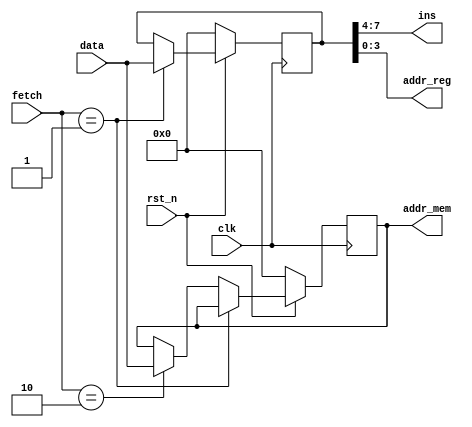
`timescale 1ns / 1ps
//////////////////////////////////////////////////////////////////////////////////
// Company: 
// Engineer: 
// 
// Design Name: 
// Module Name: IR
// Project Name: 
// Target Devices: 
// Tool Versions: 
// Description: 
// 
// Dependencies: 
// 
// Revision:
// Revision 0.01 - File Created
// Additional Comments:
// 
//////////////////////////////////////////////////////////////////////////////////


module IR(
    input clk,
    input rst_n,
    input [1:0]fetch,//
    input [7:0]data, //
    output [3:0]ins,
    output [3:0]addr_reg,//
    output [7:0]addr_mem //
    );
    reg [7:0] ins_p1,ins_p2;

    assign ins = ins_p1[7:4];//
    assign addr_reg = ins_p1[3:0];//
    assign addr_mem = ins_p2;//

    always @(posedge clk) begin
        if(!rst_n)begin
            ins_p1 <= 8'h00;
            ins_p2 <= 8'h00;
        end
        else begin
            if(fetch == 2'b01)begin//REG
                ins_p1 <= data;
                ins_p2 <= ins_p2;
            end
            else if(fetch == 2'b10)begin//MEM
                ins_p1 <= ins_p1;
                ins_p2 <= data;
            end
            else begin
                ins_p1 <= ins_p1;
                ins_p2 <= ins_p2;
            end
        end
    end

endmodule